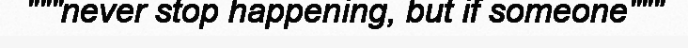
"""never stop happening, but if someone"""